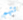
تتهم